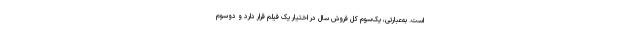
است. به‌عبارتی، یک‌سوم کل فروش سال در اختیار یک فیلم قرار دارد و دوسوم